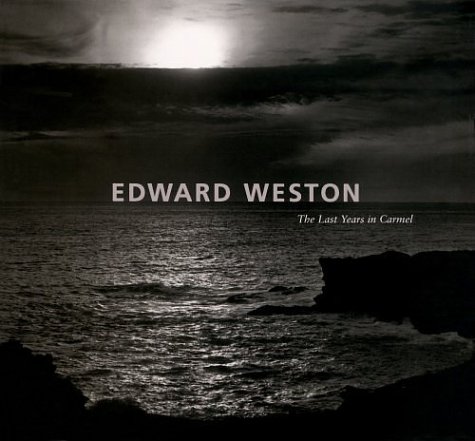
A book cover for Edward Weston: The Last Years in Carmel; David Travis; Arts & Photography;